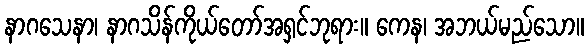
နာဂသေနာ၊ နာဂသိန်ကိုယ်တော်အရှင်ဘုရား။ ကေန၊ အဘယ်မည်သော။